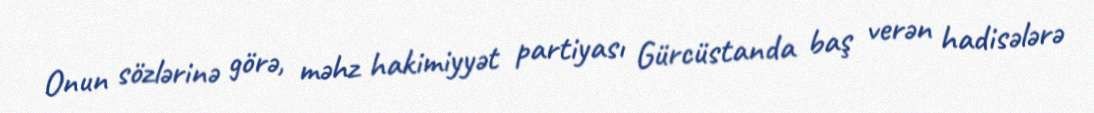
Onun sözlərinə görə, məhz hakimiyyət partiyası Gürcüstanda baş verən hadisələrə